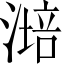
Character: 𣼯